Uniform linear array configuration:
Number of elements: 16
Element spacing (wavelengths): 0.75
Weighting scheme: kaiser
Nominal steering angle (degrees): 0
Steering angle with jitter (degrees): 1.487
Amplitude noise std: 0.05
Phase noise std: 0.05

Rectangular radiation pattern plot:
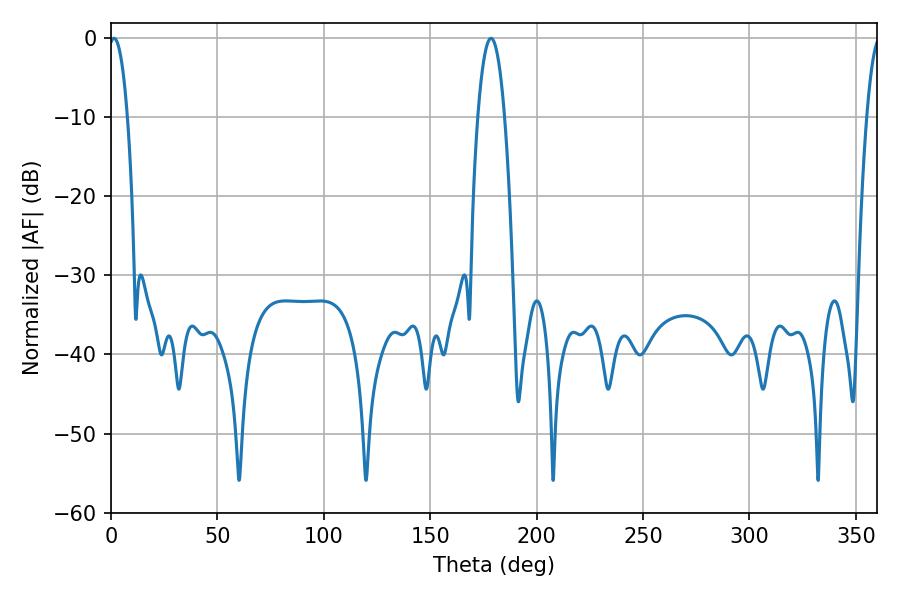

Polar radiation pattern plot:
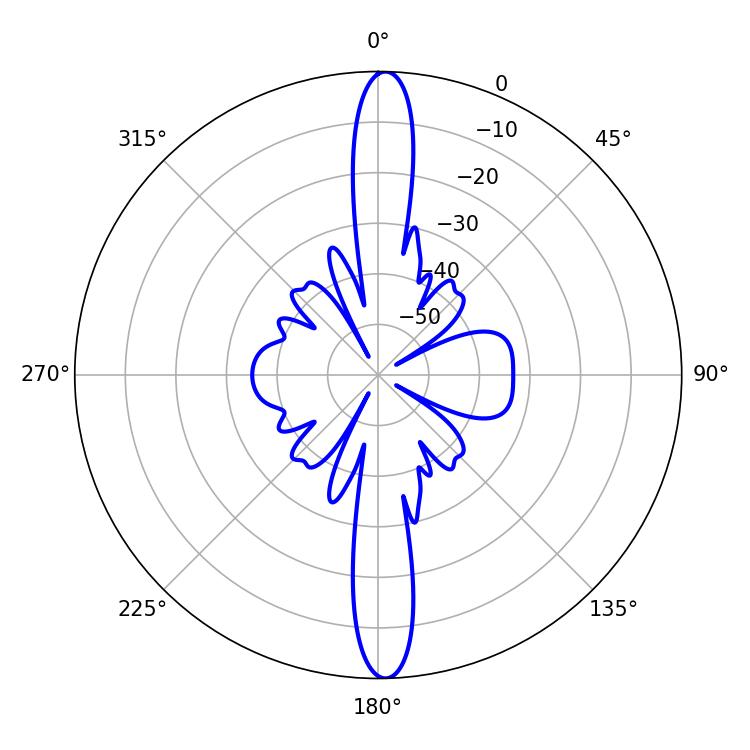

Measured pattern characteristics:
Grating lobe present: TRUE
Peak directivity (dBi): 24.877
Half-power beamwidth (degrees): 4.86
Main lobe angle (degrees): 1.44